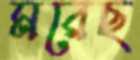
মরেছ